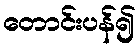
တောင်းပန်၍